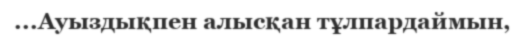
...Ауыздықпен алысқан тұлпардаймын,